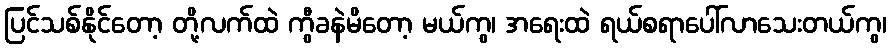
ပြင်သစ်နိုင်တော့ တို့လက်ထဲ ကွီခနဲမိတော့ မယ်ကွ၊ အရေးထဲ ရယ်စရာပေါ်လာသေးတယ်ကွ၊